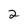
Character: 2